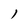
Character: l